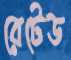
রেটেড